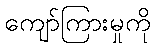
ကျော်ကြားမှုကို